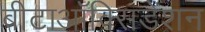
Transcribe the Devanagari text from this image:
बीटाऑक्सिडेशन